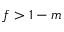
f > 1 - m